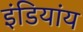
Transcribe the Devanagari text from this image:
इंडियांय